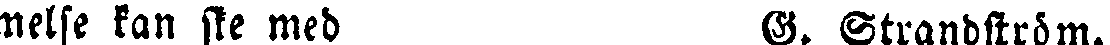
melse kan ske med G. Strandström.